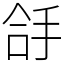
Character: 㧱